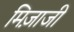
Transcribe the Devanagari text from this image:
मिज़ाजी